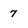
Character: 7